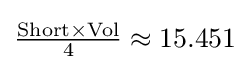
{\tfrac {{\text{Short}}\times {\text{Vol}}}{4}}\approx 15.451